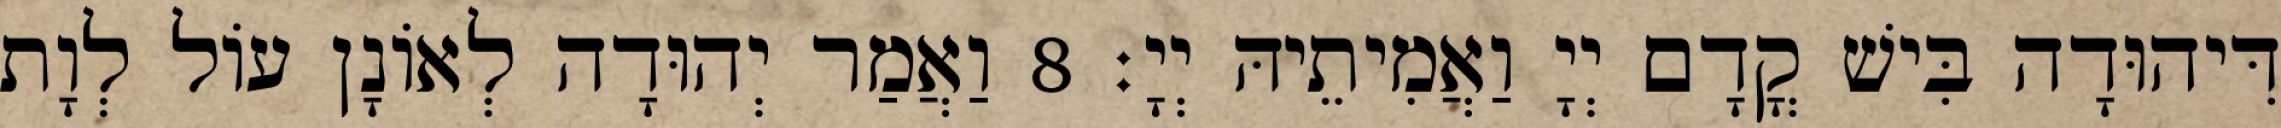
דִּיהוּדָה בִּישׁ קֳדָם יְיָ וַאֲמִיתֵיהּ יְיָ׃ 8 וַאֲמַר יְהוּדָה לְאוֹנָן עוֹל לְוָת